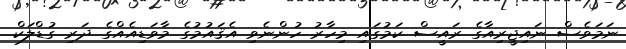
ނަމަވެސް ނައިޖީރިއާގެ ރައީސް ކަމުގައި މިހާރު ހުންނެވި އެޤައުމުގެ މާވަޑިއެއްގެ ދަރި ގުޑްލަކް